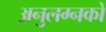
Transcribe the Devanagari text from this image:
अनुलग्नकों